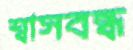
শ্বাসবন্ধ